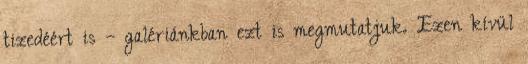
tizedéért is – galériánkban ezt is megmutatjuk. Ezen kívül